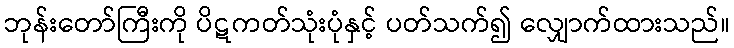
ဘုန်းတော်ကြီးကို ပိဋကတ်သုံးပုံနှင့် ပတ်သက်၍ လျှောက်ထားသည်။